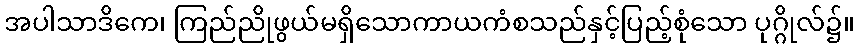
အပါသာဒိကေ၊ ကြည်ညိုဖွယ်မရှိသောကာယကံစသည်နှင့်ပြည့်စုံသော ပုဂ္ဂိုလ်၌။